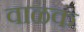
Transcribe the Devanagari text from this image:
वाळकं